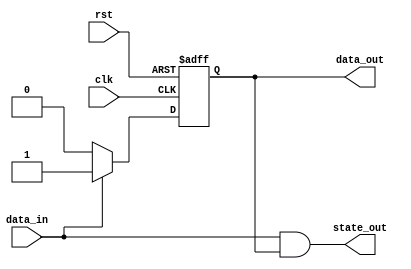
module mealy_state_machine(
  input clk,
  input rst,
  input data_in,
  output reg state_out,
  output reg data_out
);

// Define states
parameter STATE_A = 1'b0;
parameter STATE_B = 1'b1;

// Define state register
reg state_reg;

// State transition logic
always @(posedge clk or posedge rst) begin
  if (rst) begin
    state_reg <= STATE_A;
  end else begin
    case(state_reg)
      STATE_A: begin
        if (data_in) begin
          state_reg <= STATE_B;
        end
      end
      STATE_B: begin
        if (!data_in) begin
          state_reg <= STATE_A;
        end
      end
    endcase
  end
end

// Output logic
always @(*) begin
  data_out = state_reg;
  state_out = data_in & state_reg;
end

endmodule